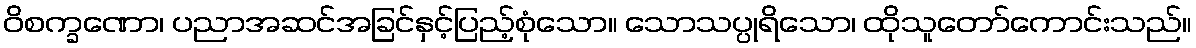
ဝိစက္ခဏော၊ ပညာအဆင်အခြင်နှင့်ပြည့်စုံသော။ သောသပ္ပုရိသော၊ ထိုသူတော်ကောင်းသည်။